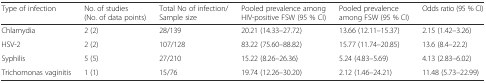
<table><thead><tr><td><b>Type of infection</b></td><td><b>No. of studies (No. of data points)</b></td><td><b>Total No of infection/Sample size</b></td><td><b>Pooled prevalence among HIV-positive FSW (95 % CI)</b></td><td><b>Pooled prevalence among FSW (95 % CI)</b></td><td><b>Odds ratio (95 % CI)</b></td></tr></thead><tbody><tr><td>Chlamydia</td><td>2 (2)</td><td>28/139</td><td>20.21 (14.33–27.72)</td><td>13.66 (12.11–15.37)</td><td>2.15 (1.42–3.26)</td></tr><tr><td>HSV-2</td><td>2 (2)</td><td>107/128</td><td>83.22 (75.60–88.82)</td><td>15.77 (11.74–20.85)</td><td>13.6 (8.4–22.2)</td></tr><tr><td>Syphilis</td><td>5 (5)</td><td>27/210</td><td>15.22 (8.26–26.36)</td><td>5.24 (4.83–5.69)</td><td>4.13 (2.83–6.02)</td></tr><tr><td>Trichomonas vaginitis</td><td>1 (1)</td><td>15/76</td><td>19.74 (12.26–30.20)</td><td>2.12 (1.46–24.21)</td><td>11.48 (5.73–22.99)</td></tr></tbody></table>